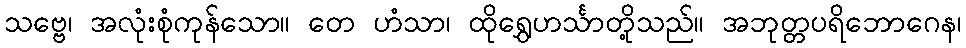
သဗ္ဗေ၊ အလုံးစုံကုန်သော။ တေ ဟံသာ၊ ထိုရွှေဟင်္သာတို့သည်။ အဘုတ္တပရိဘောဂေန၊